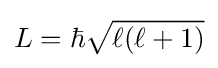
L=\hbar {\sqrt {\ell (\ell +1)}}